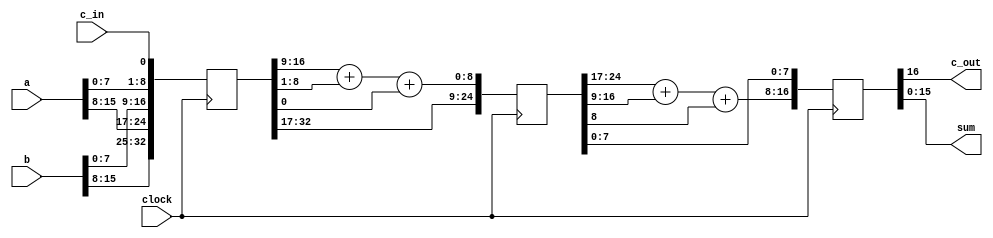
module add_16_pipe (c_out, sum, a, b, c_in, clock);
  parameter	size 	= 16;
  parameter	half	= size / 2;
  parameter	double	= 2 * size;
  parameter	triple	= 3 * half;
  parameter	size1 = half -1;		// 7
  parameter	size2 = size -1;    		// 15
  parameter	size3 = half + 1;		// 9	
  parameter 	R1 = 1;			// 1
  parameter	L1 = half;
  parameter	R2 = size3;
  parameter	L2 = size;
  parameter	R3 = size + 1;
  parameter	L3 = size + half;
  parameter	R4 = double - half +1;
  parameter	L4 = double;

  input 	[size2: 0]	a, b;
  input 			c_in, clock;
  output	[size2: 0]	sum;
  output			c_out;

  reg 	[double: 0]	IR;
  reg 	[triple: 0]	PR;
  reg	[size: 0]		OR;

  assign {c_out, sum} = OR;

  always @ (posedge clock) begin

    // Load input register

    IR[0] <= c_in;

    IR[L1:R1] <= a[size1: 0];
    IR[L2:R2] <= b[size1: 0];

    IR[L3:R3] <= a[size2: half];
    IR[L4:R4] <= b[size2: half];
    
  // Load pipeline register

     PR[L3: R3] <=IR[L4: R4];
     PR[L2: R2] <=IR[L3: R3];
     PR[half: 0] <= IR[L2:R2] + IR[L1:R1] + IR[0];
     OR <= {{1'b0,PR[L3: R3]} + {1'b0,PR[L2: R2]} + PR[half], PR[size1: 0]};
  end
endmodule